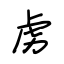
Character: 虏